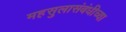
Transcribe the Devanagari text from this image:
महसुलासंबंधीच्या